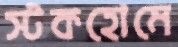
স্টকহোমে